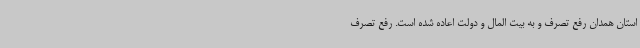
استان همدان رفع تصرف و به بیت المال و دولت اعاده شده است. رفع تصرف